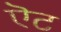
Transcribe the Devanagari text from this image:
ऎट